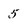
Character: 5